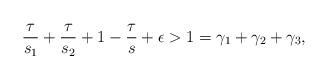
LaTeX: \begin{align*}\frac{\tau}{s_1}+\frac{\tau}{s_2}+ 1-\frac{\tau}{s}+\epsilon >1=\gamma_1+\gamma_2+\gamma_3,\end{align*}